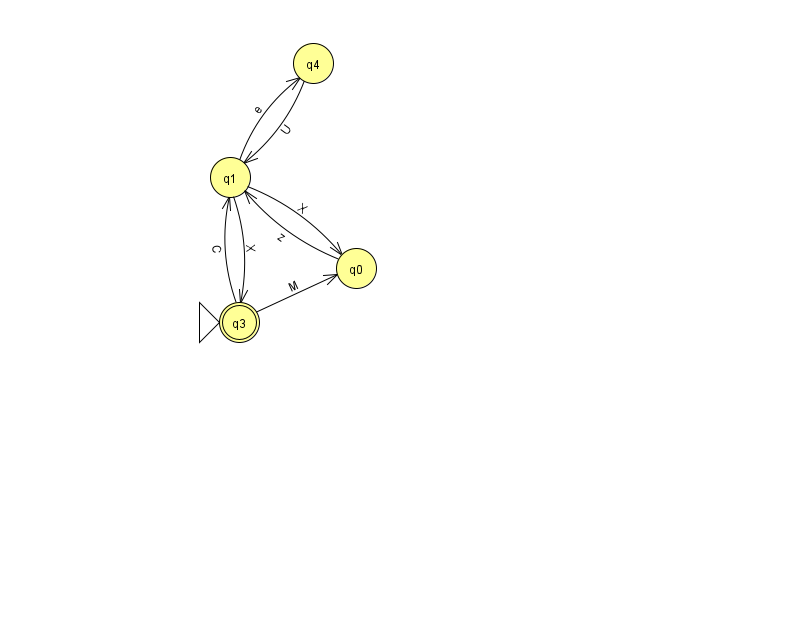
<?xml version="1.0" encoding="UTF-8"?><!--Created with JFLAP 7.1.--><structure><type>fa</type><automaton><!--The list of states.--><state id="0" name="q0"><x>356.0</x><y>255.0</y></state><state id="1" name="q1"><x>230.0</x><y>164.0</y></state><state id="3" name="q3"><x>239.0</x><y>309.0</y><initial/><final/></state><state id="4" name="q4"><x>313.0</x><y>50.0</y></state><!--The list of transitions.--><transition><from>1</from><to>3</to><read>X</read></transition><transition><from>3</from><to>0</to><read>M</read></transition><transition><from>0</from><to>1</to><read>z</read></transition><transition><from>1</from><to>0</to><read>X</read></transition><transition><from>3</from><to>1</to><read>C</read></transition><transition><from>1</from><to>4</to><read>e</read></transition><transition><from>4</from><to>1</to><read>U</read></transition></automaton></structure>